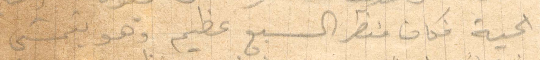
الحية فكان منظر السبع عظيم وهو يتمشى